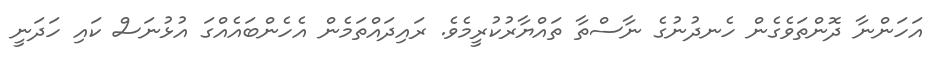
އަހަންނާ ދޮންތަވެެގެން ހެނދުނުގެ ނާސްތާ ތައްޔާރުކުރީމެވެ. ރައިދައްތަމެން އެހެންބައެއްގަ އުޅުނަސް ކައި ހަދަނީ